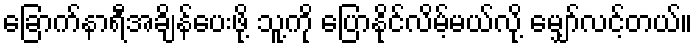
ခြောက်နာရီအချိန်ပေးဖို့ သူ့ကို ပြောနိုင်လိမ့်မယ်လို့ မျှော်လင့်တယ်။